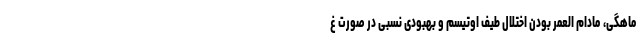
ماهگی، مادام العمر بودن اختلال طیف اوتیسم و بهبودی نسبی در صورت غ